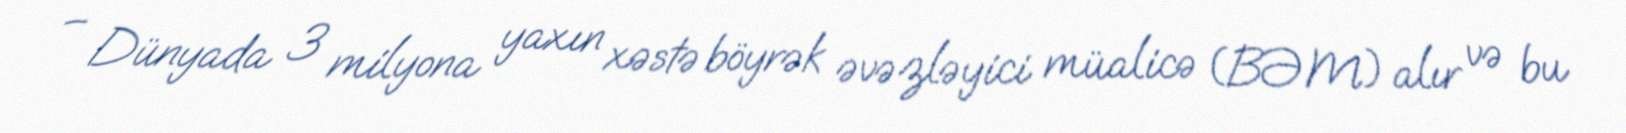
– Dünyada 3 milyona yaxın xəstə böyrək əvəzləyici müalicə (BƏM) alır və bu